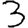
Digit: 3